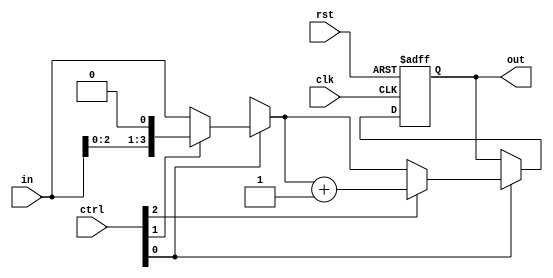
module dut(clk,rst,in,ctrl,out);
  
  input clk, rst;
  input [3:0] in;
  input [2:0] ctrl;
  output reg [3:0] out;
  
  reg [3:0] helper;
  
  always @(posedge clk, negedge rst)
    if(!rst) 
      out<=4'b0000;
    else 
      out<=helper;
      
  always @(*) begin
    
    helper = out;
    
    if(ctrl[0]==1'b1) begin
      
      if(ctrl[1] == 1'b0) helper = in;
      else helper = in << 1;
        
      if(ctrl[2] == 1'b0) helper = helper;
      else helper = helper + {{3{1'b0}},1'b1};
        
    end
  
  end  
  
endmodule